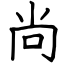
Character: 尚